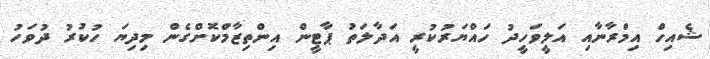
ޝެއިހް އިމްރާނާއި އަލީވަހީދު ހައްޔަރުކުރީ އަދާލަތު ޕާޓީން އިންތިޒާމްކޮށްގެން މިދިޔަ ހުކުރު ދުވަހު